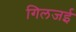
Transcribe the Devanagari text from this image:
गिलजई